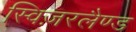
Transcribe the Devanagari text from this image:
स्विज़रलैण्ड